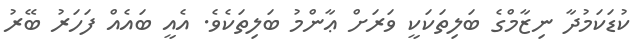
ކުޑަކަމުދާ ނިޒާމްގެ ބަލިތަކަކީ ވަރަށް ޢާންމު ބަލިތަކެވެ. އެއީ ބައެއް ފަހަރު ބޭރު